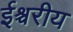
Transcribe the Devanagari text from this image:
ईश्चरीय